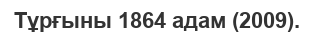
Тұрғыны 1864 адам (2009).